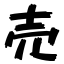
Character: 売